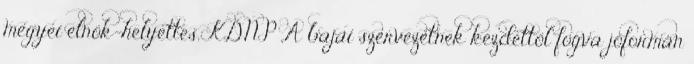
megyei elnök-helyettes, KDNP „A bajai szervezetnek kezdettől fogva jóformán